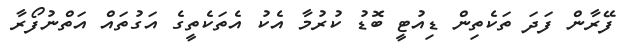
ފޭރާން ފަދަ ތަކެތިން ޑިއުޓީ ބޮޑު ކުރުމާ އެކު އެތަކެތީގެ އަގުތައް އަތްނުފޯރާ